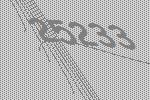
25233